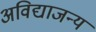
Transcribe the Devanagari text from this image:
अविद्याजन्य